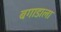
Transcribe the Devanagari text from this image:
बगाडाला